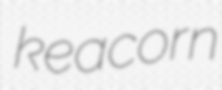
keacorn